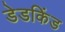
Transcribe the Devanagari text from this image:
डेडकिंड